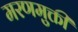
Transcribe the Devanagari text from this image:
मरणमुक्ती